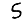
Digit: 5